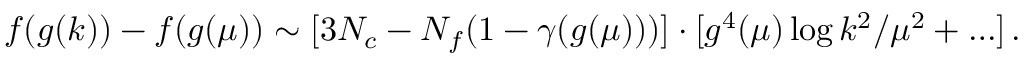
f ( g ( k ) ) - f ( g ( \mu ) ) \sim [ 3 N _ { c } - N _ { f } ( 1 - \gamma ( g ( \mu ) ) ) ] \cdot [ g ^ { 4 } ( \mu ) \log k ^ { 2 } / \mu ^ { 2 } + \ldots ] \, .